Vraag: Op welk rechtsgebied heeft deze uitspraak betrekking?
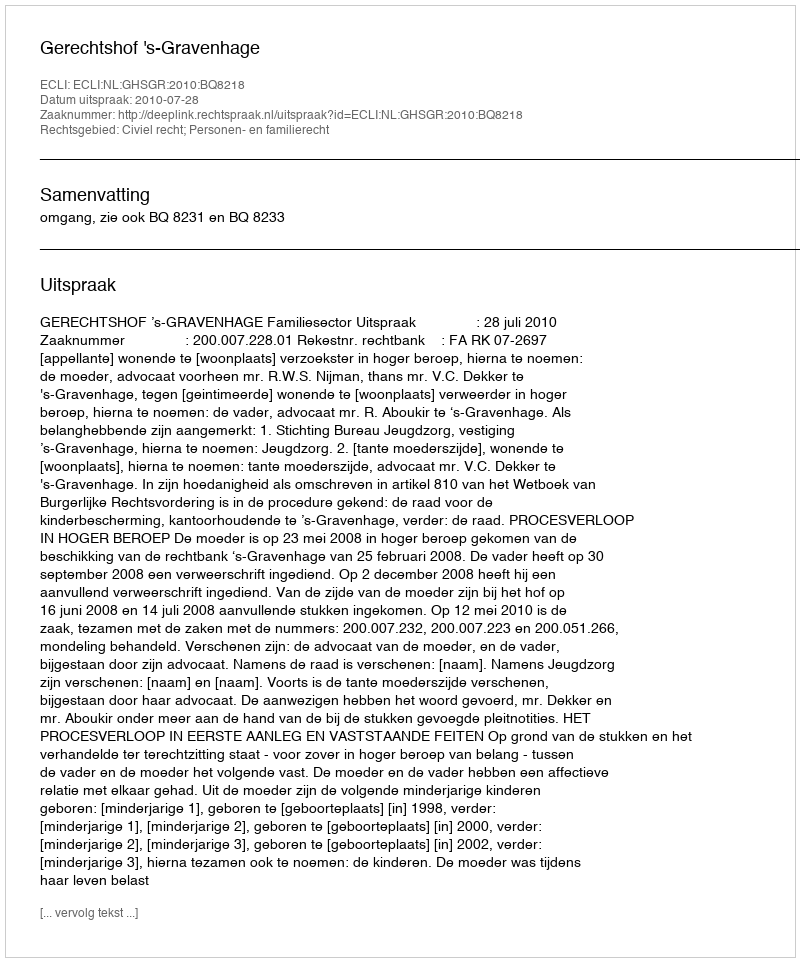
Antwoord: Civiel recht; Personen- en familierecht